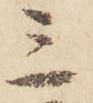
三